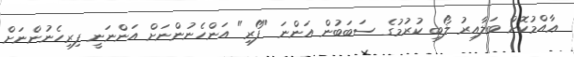
ޢާއްމުކޮށް ބަލާއިރު ލޯބި ކުރުމުގެ ސަބަބުން އަންނަ "ފޯރި" އަންހެނުންނަށް އަންނަނީ ފިރިހެނުންނަށް